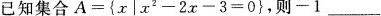
已知集合A=\left \{ x|x^{2}-2x-3=0 \right \} ，则-1___